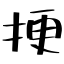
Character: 挭